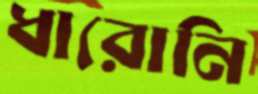
ধারোনি